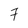
Character: 7